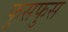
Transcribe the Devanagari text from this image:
फुसफुस